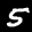
Label: 5